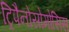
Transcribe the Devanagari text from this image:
ट्रिपैनोसोमोसिस